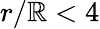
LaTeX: r/\mathbb{R}<4